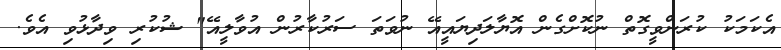
އެކަމަކު ކުރަންވީގޮތް ނުކޮށްގެން އޮޔާލަދިޔައީއޭ ނުވަތަ ސަރުކާރުން އުވާލީއޭ" ޝުކުރި ވިދާޅުވި އެވެ.